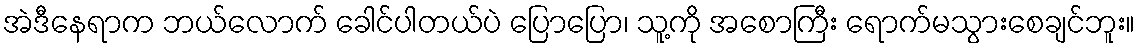
အဲဒီနေရာက ဘယ်လောက် ခေါင်ပါတယ်ပဲ ပြောပြော၊ သူ့ကို အစောကြီး ရောက်မသွားစေချင်ဘူး။